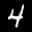
Label: 4